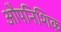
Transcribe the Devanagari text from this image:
औपनिशिक